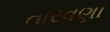
તારવણી